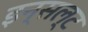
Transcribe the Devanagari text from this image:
इन्सल्ट